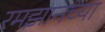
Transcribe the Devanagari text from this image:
रमझानच्या